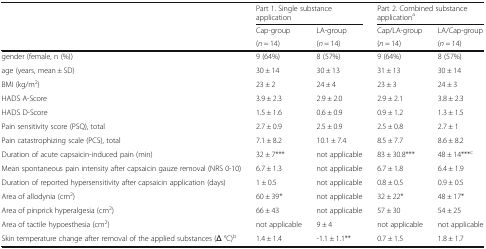
| <ROWSPAN=3>  | <COLSPAN=2> Part 1. Single substance application | <COLSPAN=2> Part 2. Combined substance applicationa |
 | Cap-group | LA-group | Cap/LA-group | LA/Cap-group |
 | (n = 14) | (n = 14) | (n = 14) | (n = 14) |
 | --- | --- | --- | --- | --- |
 | gender (female, n (%)) | 9 (64%) | 8 (57%) | 9 (64%) | 8 (57%) |
 | age (years, mean ± SD) | 30 ± 14 | 30 ± 13 | 31 ± 13 | 30 ± 14 |
 | BMI (kg/m2) | 23 ± 2 | 24 ± 4 | 23 ± 3 | 24 ± 3 |
 | HADS A-Score | 3.9 ± 2.3 | 2.9 ± 2.0 | 2.9 ± 2.1 | 3.8 ± 2.3 |
 | HADS D-Score | 1.5 ± 1.6 | 0.6 ± 0.9 | 0.9 ± 1.2 | 1.3 ± 1.5 |
 | Pain sensitivity score (PSQ), total | 2.7 ± 0.9 | 2.5 ± 0.9 | 2.5 ± 0.8 | 2.7 ± 1 |
 | Pain catastrophizing scale (PCS), total | 7.1 ± 8.2 | 10.1 ± 7.4 | 8.5 ± 7.7 | 8.6 ± 8.2 |
 | Duration of acute capsaicin-induced pain (min) | 32 ± 7*** | not applicable | 83 ± 30.8*** | 48 ± 14***c |
 | Mean spontaneous pain intensity after capsaicin gauze removal (NRS 0-10) | 6.7 ± 1.3 | not applicable | 6.7 ± 1.8 | 6.4 ± 1.9 |
 | Duration of reported hypersensitivity after capsaicin application (days) | 1 ± 0.5 | not applicable | 0.8 ± 0.5 | 0.9 ± 0.5 |
 | Area of allodynia (cm2) | 60 ± 39* | not applicable | 32 ± 22* | 48 ± 17* |
 | Area of pinprick hyperalgesia (cm2) | 66 ± 43 | not applicable | 57 ± 30 | 54 ± 25 |
 | Area of tactile hypoesthesia (cm2) | not applicable | 9 ± 4 | not applicable | not applicable |
 | Skin temperature change after removal of the applied substances (Δ °C)b | 1.4 ± 1.4 | -1.1 ± 1.1** | 0.7 ± 1.5 | 1.8 ± 1.7 |